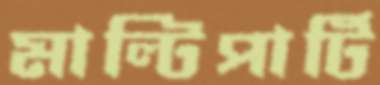
মাল্টিপার্টি